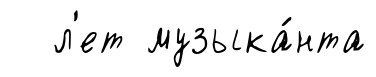
л'ет музыка́нта